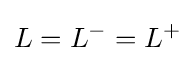
L=L^{-}=L^{+}